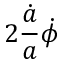
2 \frac { \dot { a } } { a } \dot { \phi }